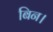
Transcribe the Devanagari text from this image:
बिन।